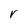
Character: r